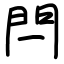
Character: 閂